Civil Veterinary Department Bihar & Orissa reports 1929-36 - 1929-1936
Year: 1929
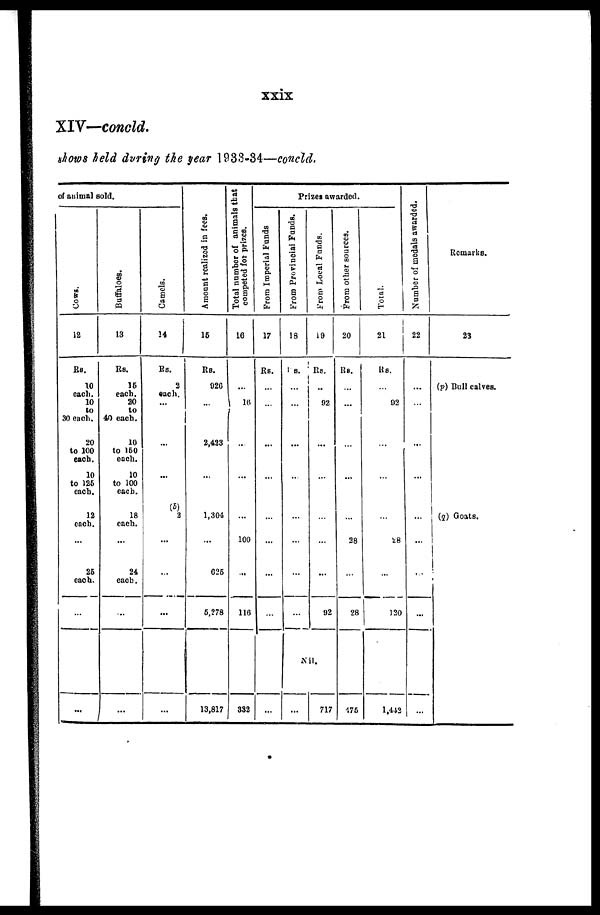
xxix
XIV—concld.
shows held during the fear 1933-34—concld.
of animal sold.
Cows.
12
Rs.
TO
each.
10
to
30 each.
20
to 100
each.
10
to 126
each.
12
each.
...
26
each.
...
...
Buffaloes.
13
Rs.
16
each.
20
to
40 each.
10
to 150
each.
10
to 100
each.
18
each.
...
24
each.
...
...
Camels.
14
Rs.
2
each.
...
...
...
(b)
2
...
...
...
...
Amo u n t r e a l i z e d in fees.
16
Rs.
020
...
2,423
...
1,304
...
026
6,?78
13,817
Total number of animals that
competed for prizes.
16
...
16
...
...
...
100
...
116
332
Prizes awarded.
From Imperial Funds
17
Rs.
...
...
...
...
...
...
...
...
...
From Provincial Funds.
18
s.
...
...
...
...
...
...
...
...
From Local Funds.
19
Rs.
...
92
...
...
...
...
...
92
Nil.
... 717
From other sources.
20
Rs.
...
...
...
...
...
38
...
28
475
Total.
21
Rs.
...
92
...
...
...
28
...
120
1,442
Number of medals awarded.
22
...
...
...
...
...
...
...
...
...
Remarks.
23
(p) Bull calves.
(q) Goats.